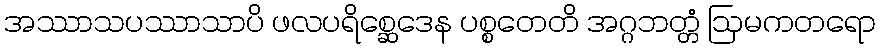
အဿာသပဿာသာပိ ဖလပရိစ္ဆေဒေန ပစ္စတေတိ အဂ္ဂဘတ္တံ ဩမကတရော